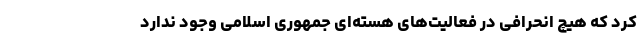
کرد که هیچ انحرافی در فعالیت‌های هسته‌ای جمهوری اسلامی وجود ندارد